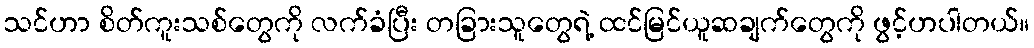
သင်ဟာ စိတ်ကူးသစ်တွေကို လက်ခံပြီး တခြားသူတွေရဲ့ ထင်မြင်ယူဆချက်တွေကို ဖွင့်ဟပါတယ်။